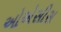
ઓએસીસ